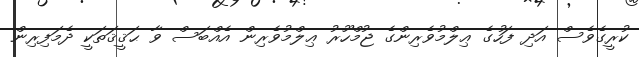
ކުރީގެވެސް އަދި ފަހުގެ ޢިލްމުވެރިންގެ ޖުމްހޫރު ޢިލްމުވެރިން އެއްބަސް ވާ ޙަޤީޤަތަކީ ދެމަފިރިން